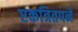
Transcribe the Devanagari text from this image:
एकत्रितपने